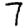
Digit: 7